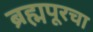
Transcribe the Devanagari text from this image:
ब्रह्मपूरचा